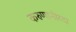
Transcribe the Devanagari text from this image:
करुणानीरदा